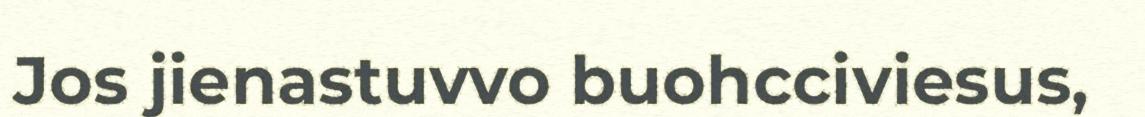
Jos jienastuvvo buohcciviesus,